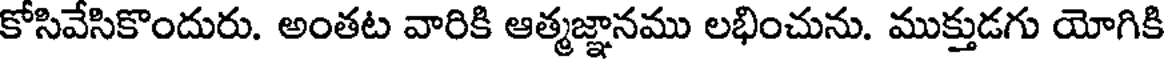
కోసివేసికొందురు. అంతట వారికి ఆత్మజ్ఞానము లభించును. ముక్తుడగు యోగికి